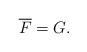
LaTeX: \begin{align*}\overline{F}=G.\end{align*}